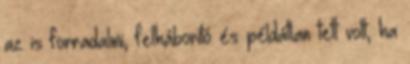
az is forradalmi, felháborító és példátlan tett volt, ha